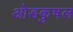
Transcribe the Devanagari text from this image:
ओडकुषल